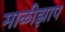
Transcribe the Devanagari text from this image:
माळीझाप